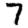
Digit: 7